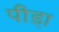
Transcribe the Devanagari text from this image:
पीडा़